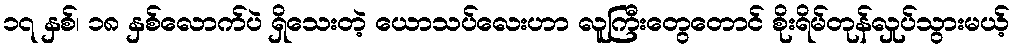
၁၇ နှစ်၊ ၁၈ နှစ်လောက်ပဲ ရှိသေးတဲ့ ယောသပ်လေးဟာ လူကြီးတွေတောင် စိုးရိမ်တုန်လှုပ်သွားမယ့်